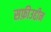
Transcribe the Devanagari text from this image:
सफ़ीउद्दीन